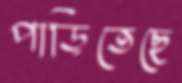
পাড়িতেছে